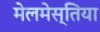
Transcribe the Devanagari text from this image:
मेलमेस्तिया